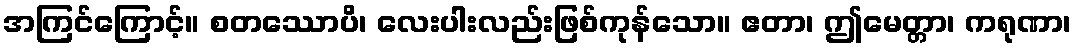
အကြင်ကြောင့်။ စတဿောပိ၊ လေးပါးလည်းဖြစ်ကုန်သော။ ဧတာ၊ ဤမေတ္တာ၊ ကရုဏာ၊